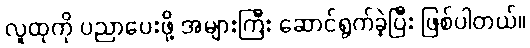
လူထုကို ပညာပေးဖို့ အများကြီး ဆောင်ရွက်ခဲ့ပြီး ဖြစ်ပါတယ်။